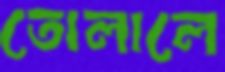
তোলালে